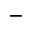
_ -